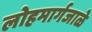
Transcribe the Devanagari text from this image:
लोहमार्गजाळे